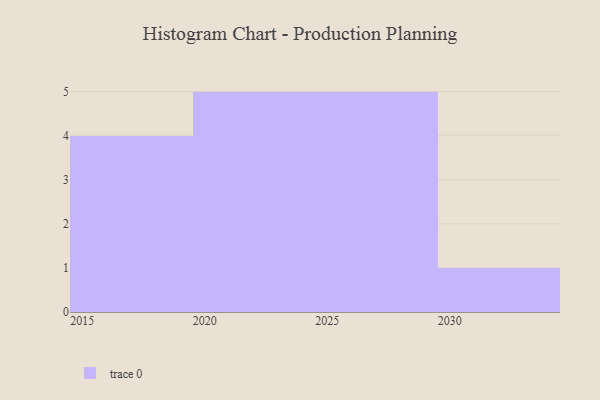
{"axis": {"x": "Year", "y": "Shipments"}, "legend": [""], "data": [{"x": "2019", "y": 1, "type": ""}, {"x": "2018", "y": 47, "type": ""}, {"x": "2017", "y": 27, "type": ""}, {"x": "2020", "y": 11, "type": ""}, {"x": "2025", "y": 3, "type": ""}, {"x": "2022", "y": 67, "type": ""}, {"x": "2030", "y": 80, "type": ""}, {"x": "2023", "y": 55, "type": ""}, {"x": "2021", "y": 79, "type": ""}, {"x": "2024", "y": 56, "type": ""}, {"x": "2028", "y": 96, "type": ""}, {"x": "2015", "y": 83, "type": ""}, {"x": "2026", "y": 56, "type": ""}, {"x": "2027", "y": 1, "type": ""}, {"x": "2029", "y": 55, "type": ""}]}